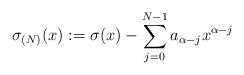
LaTeX: \begin{align*} \sigma_{(N)}(x):=\sigma(x)-\sum_{j=0}^{N-1} a_{\alpha-j}x^{\alpha-j} \end{align*}